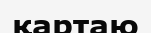
қартаю